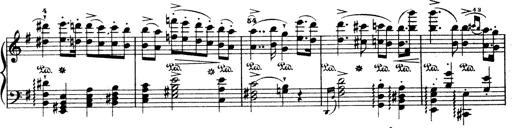
Title: Wagner-Liszt Album
Composer: Franz Liszt